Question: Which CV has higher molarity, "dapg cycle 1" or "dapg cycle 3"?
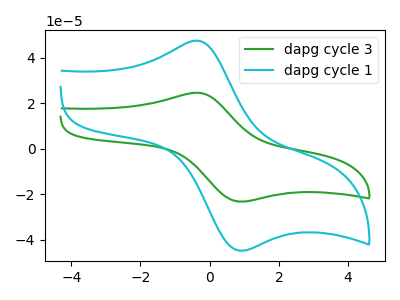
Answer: <think>The green curve "dapg cycle 3" has an anodic peak at (-0.40V, 24.65uA) and a cathodic peak at (0.95V, -23.25uA). The cyan curve "dapg cycle 1" has an anodic peak at (-0.40V, 47.60uA) and a cathodic peak at (0.95V, -44.90uA).
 All the peaks in "dapg cycle 1" have a peak in "dapg cycle 3" at the same potential. Every peak in "dapg cycle 1" is higher than every peak in "dapg cycle 3".</think>
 <answer>"dapg cycle 1" has more signal than "dapg cycle 3" and so likely has a higher concentration.</answer>
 <eval>more_concentration</eval>